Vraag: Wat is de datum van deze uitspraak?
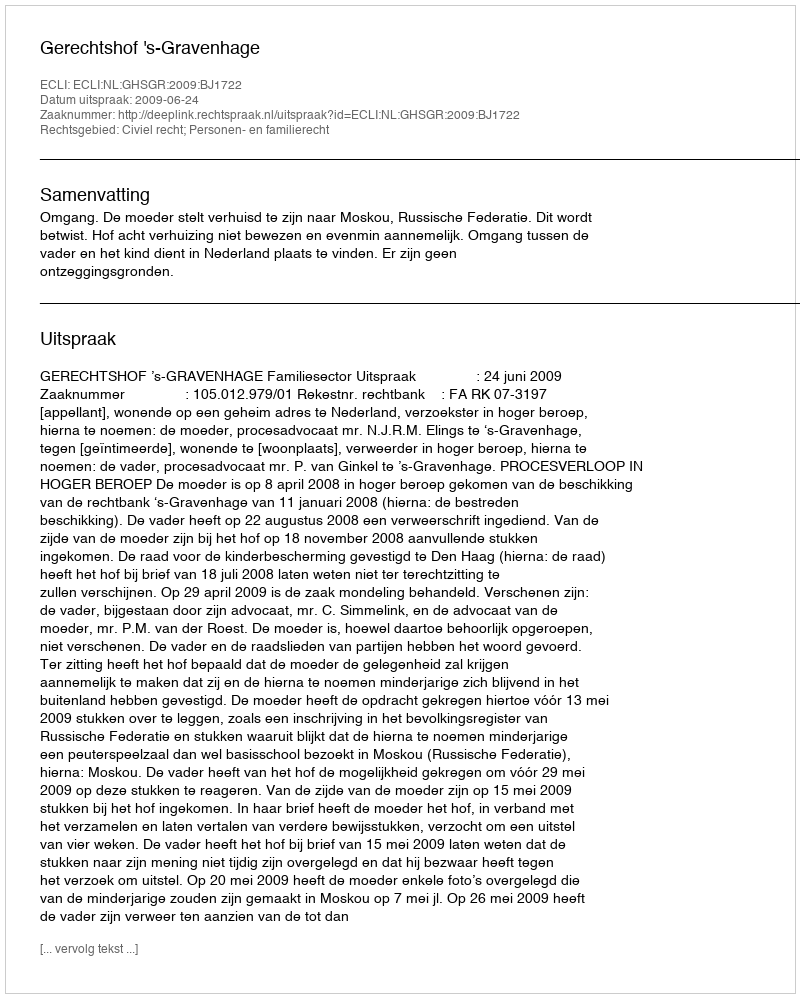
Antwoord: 2009-06-24